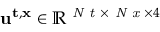
{ \mathbf { u } ^ { \mathbf { t } , \mathbf { x } } \in \mathbb { R } ^ { \textit { N t } \times \textit { N x } \times 4 } }